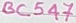
Text: BC547